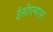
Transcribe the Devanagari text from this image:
ईसीएमएस